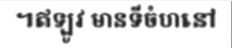
។ឥឡូវ មានទីចំហនៅ